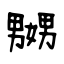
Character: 嬲